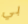
بي